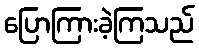
ပြောကြားခဲ့ကြသည်